Bréfritari: Jakobína Jónsdóttir
Viðtakandi: Sólveig Jónsdóttir
Dagsetning: A-1871-02-12
Skrifað á: Bessastöðum  Gull.
systir bréfviðtakanda

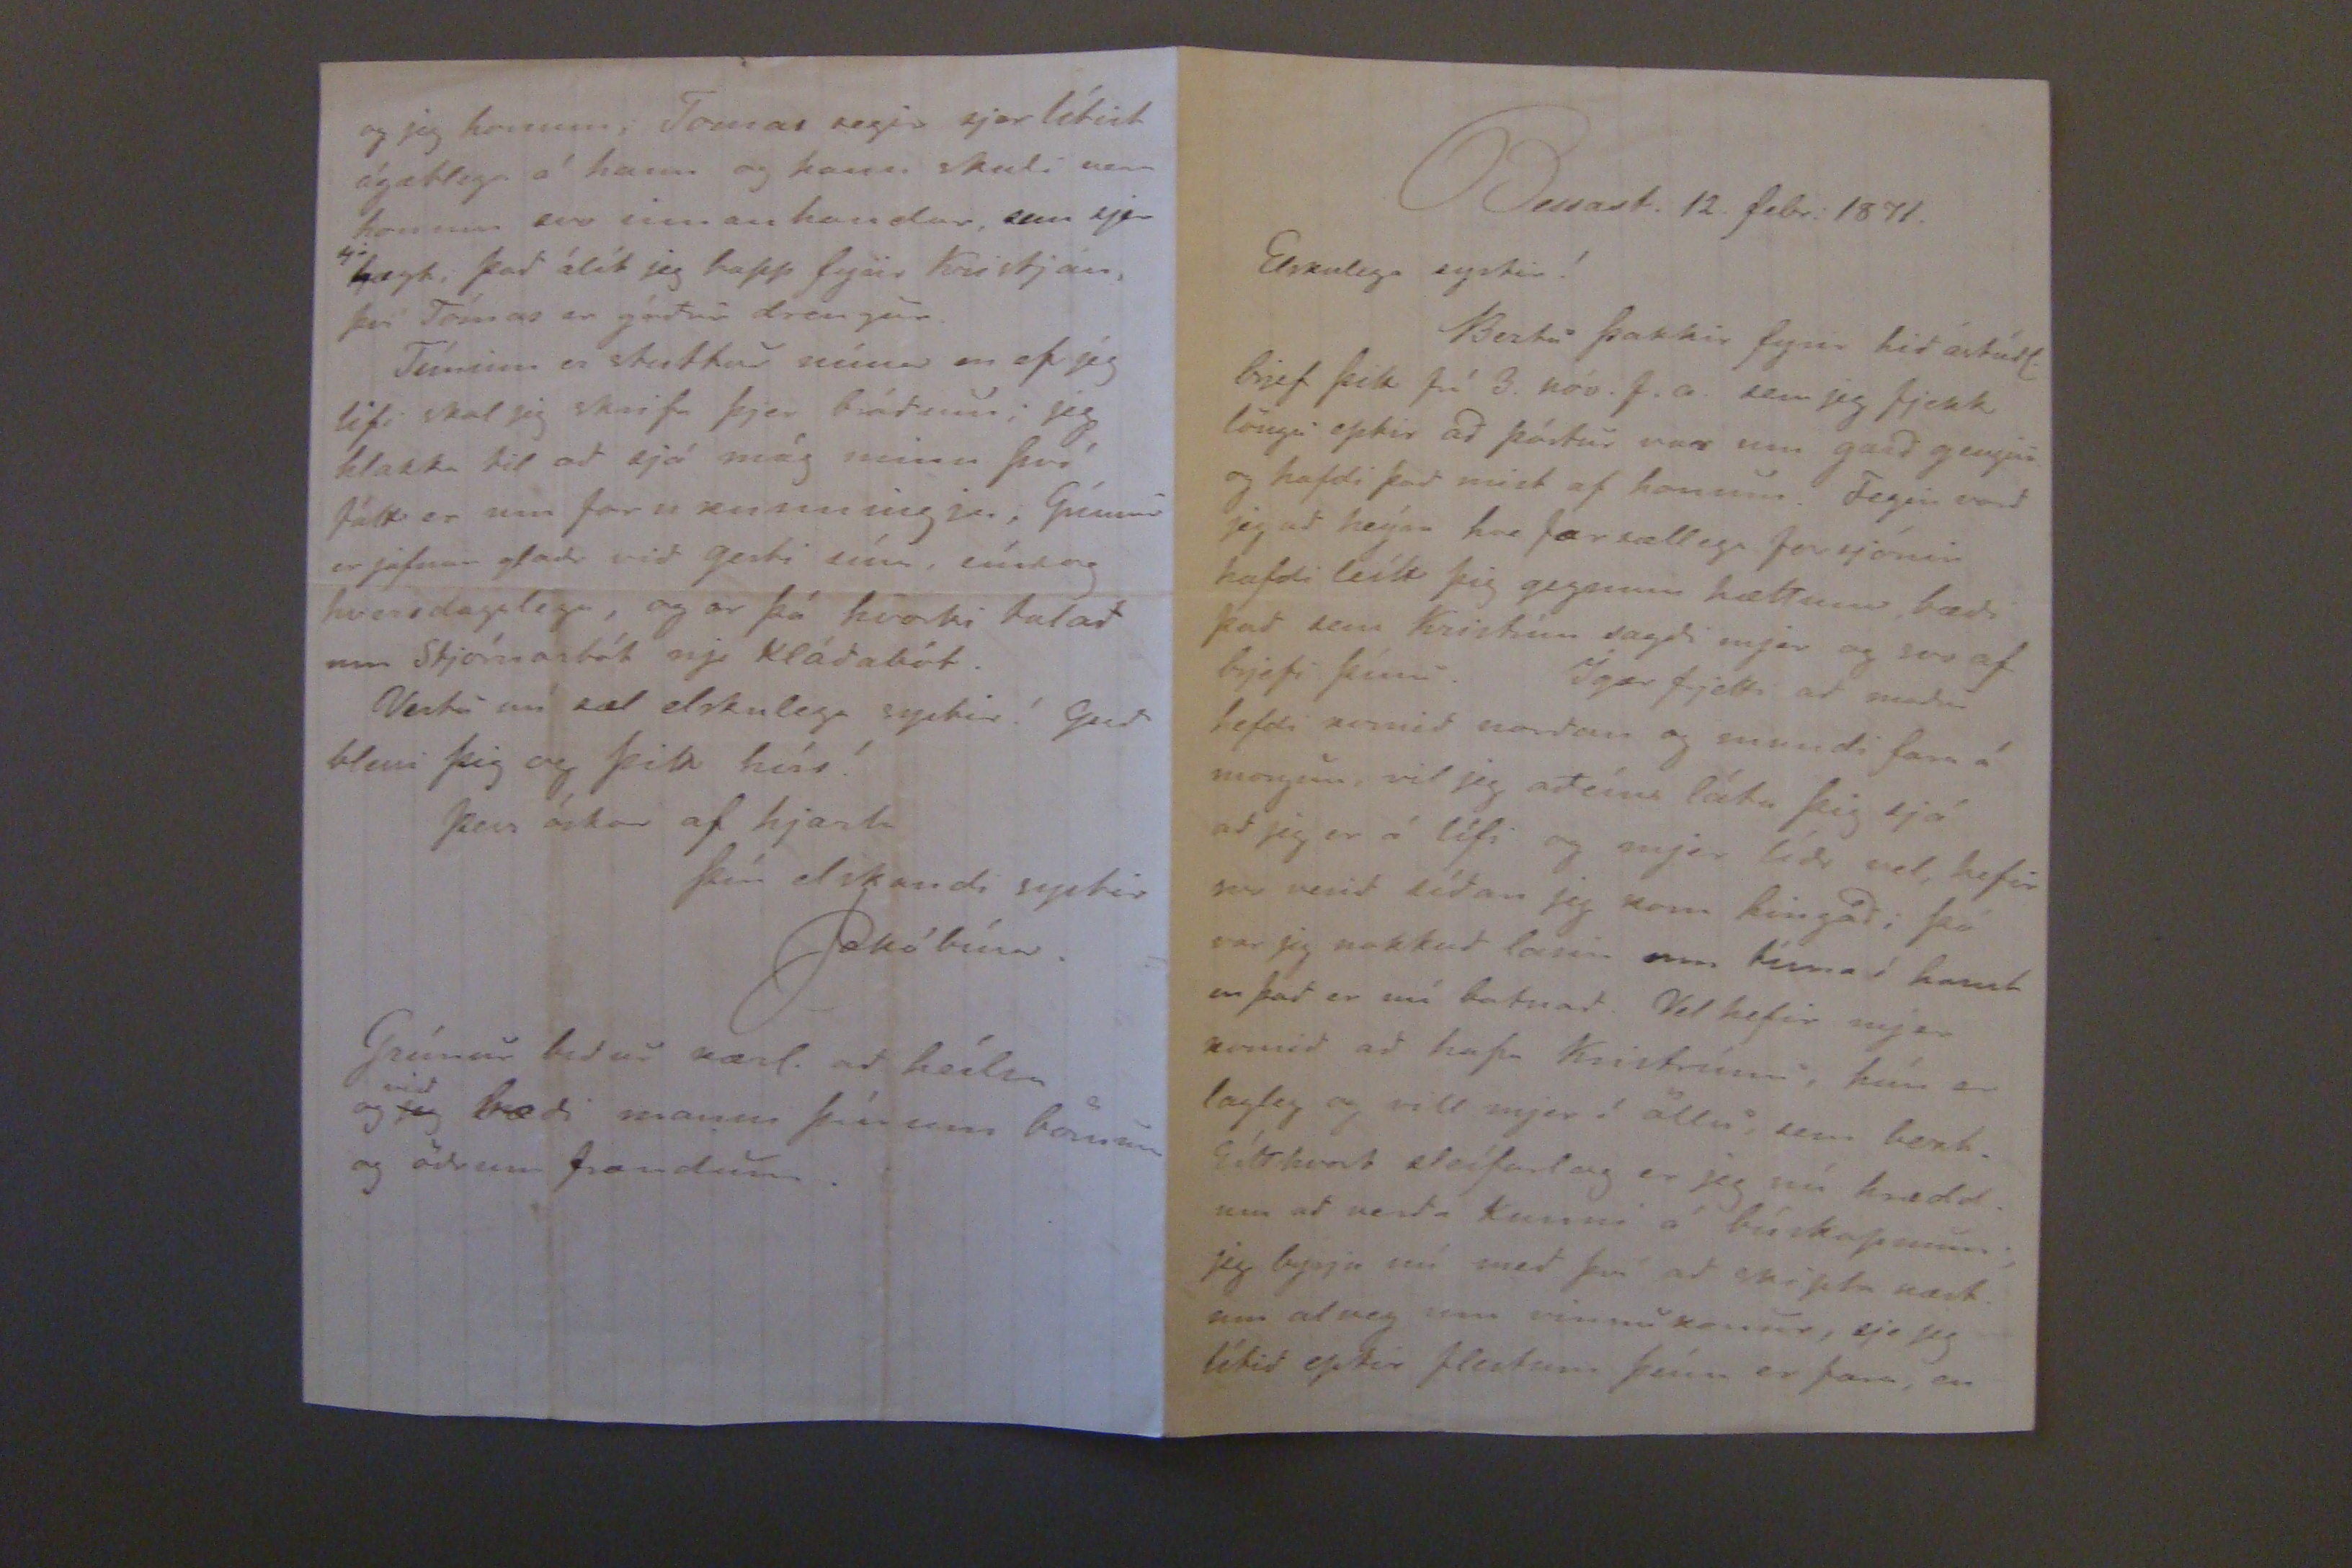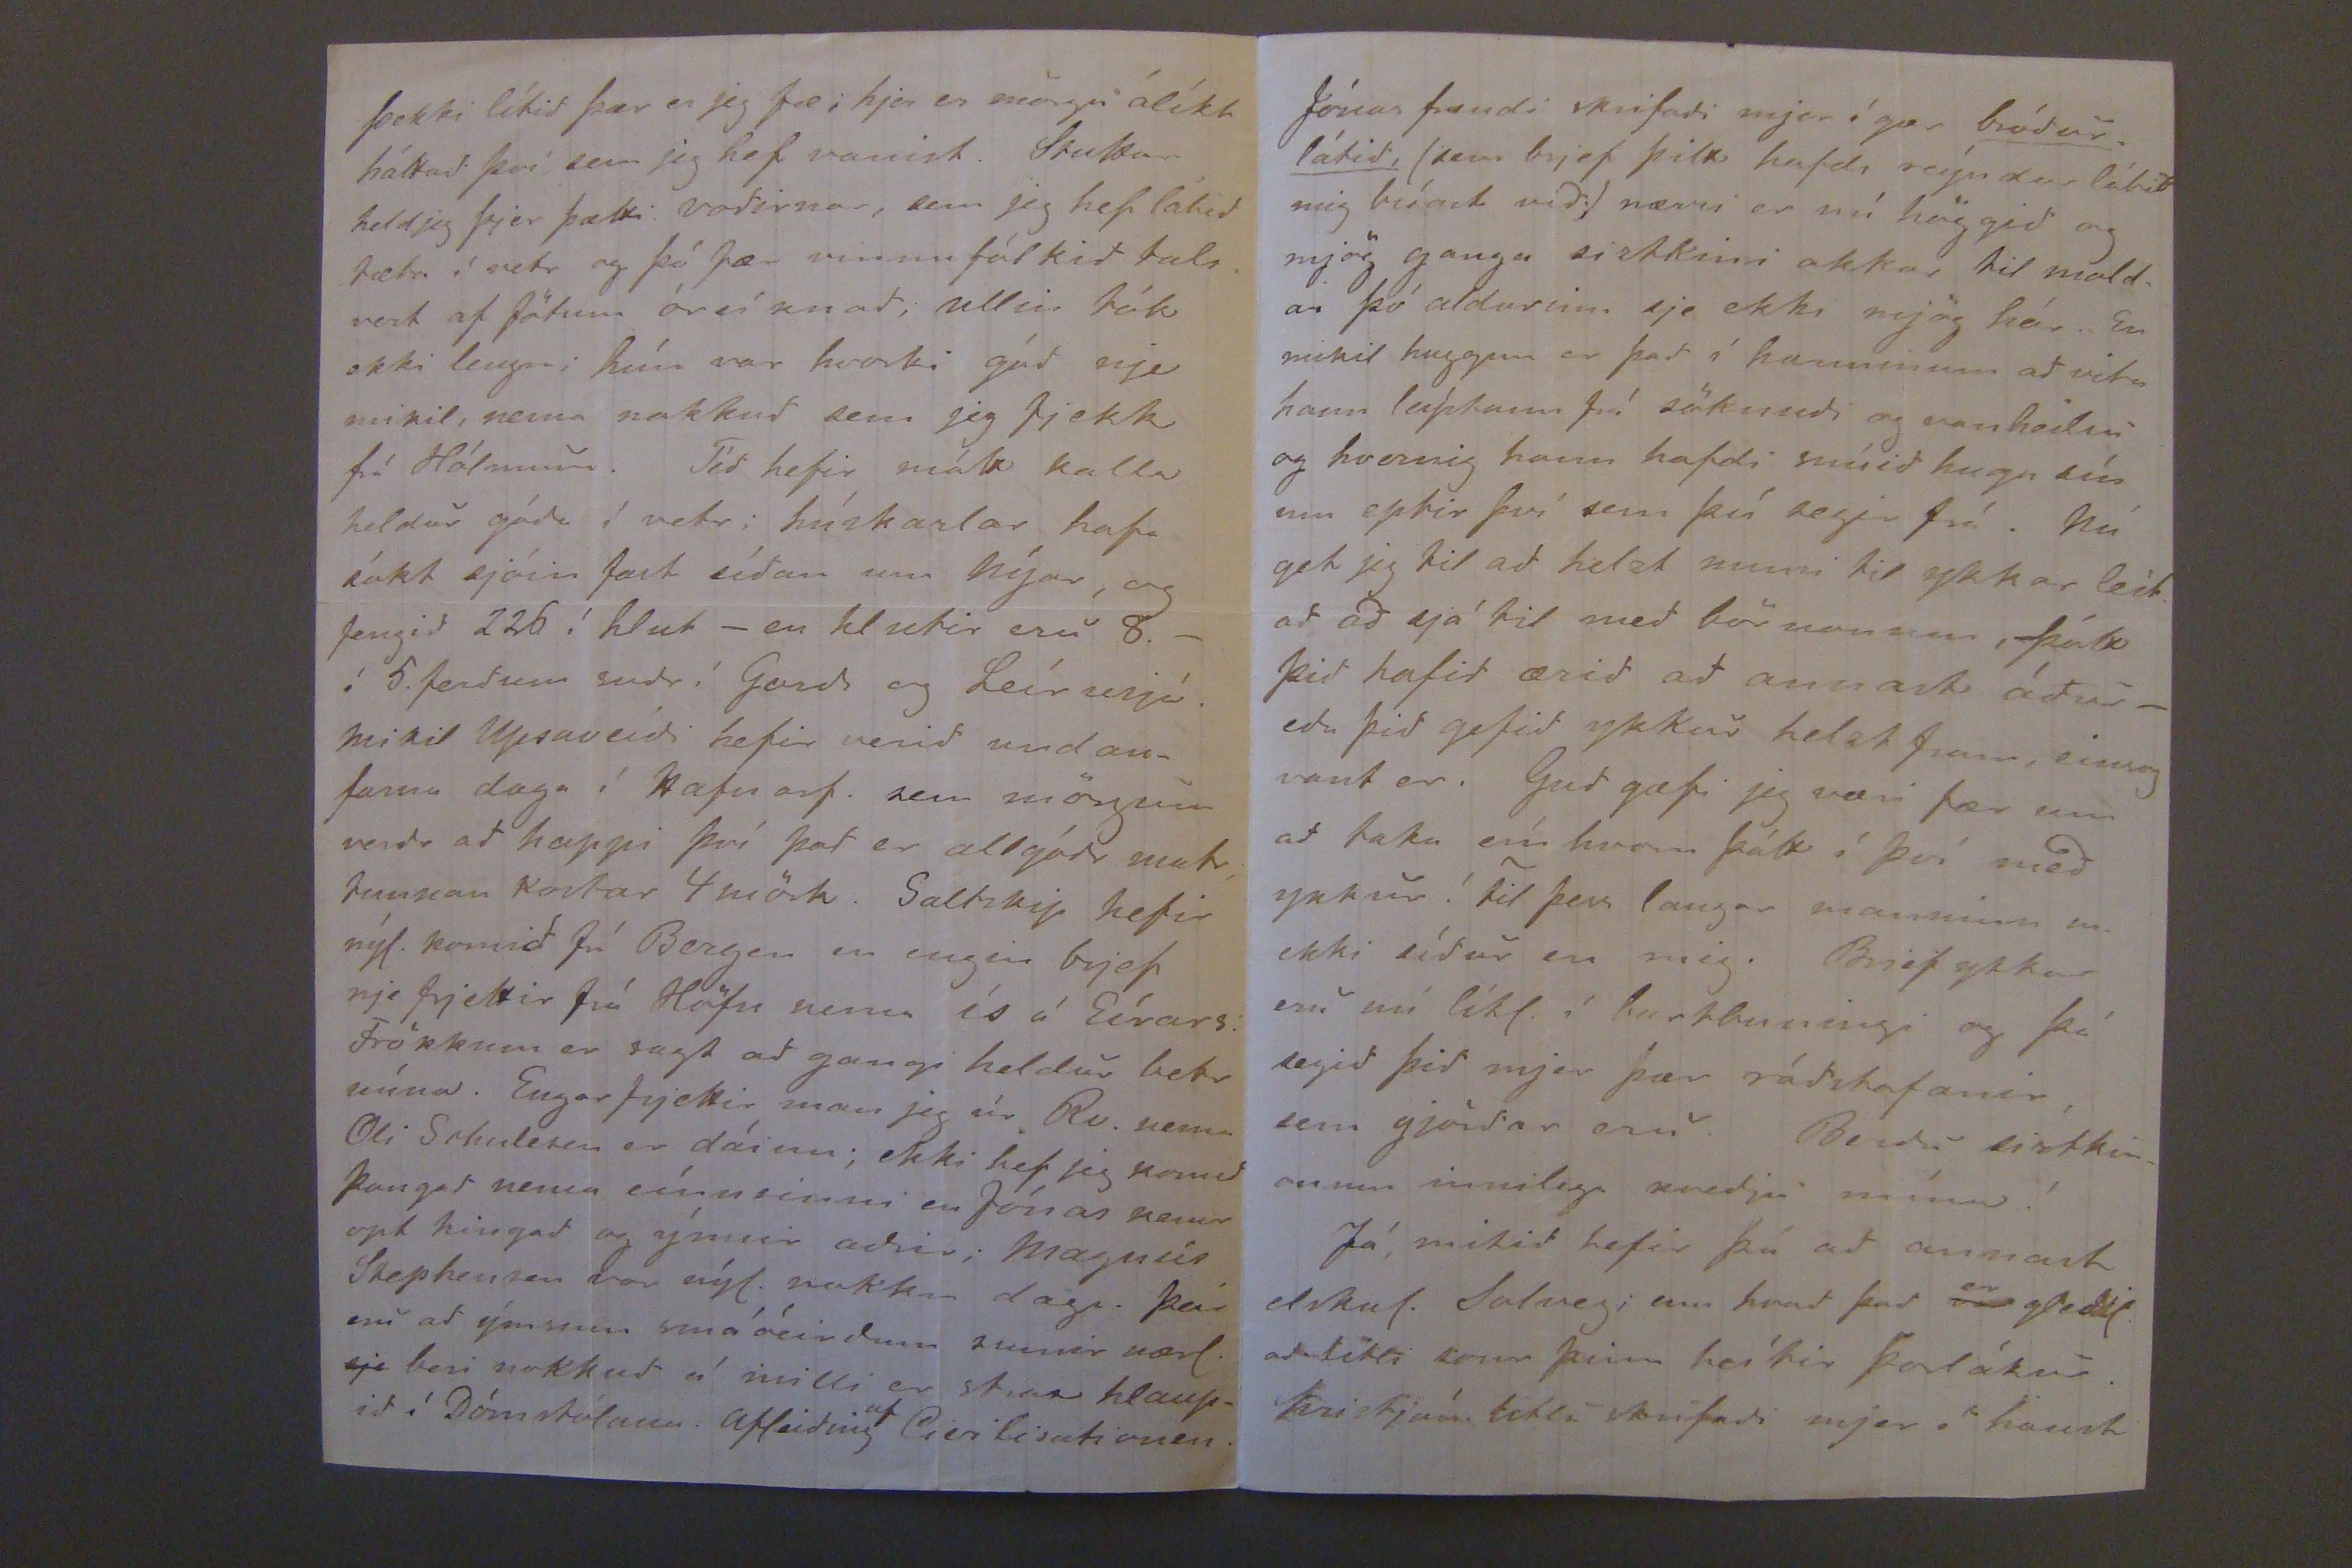

Bessast. 12. febr. 1871.
Elskulega systir!
Beztu þakkir fyrir hid ástúdl. brjef þitt frá 3. nóv. f.a. sem jeg fjekk löngu eptir ad póstur var um gard gengin og hafdi þad mist af honum. Fegin vard jeg ad heýra hve farsællega forsjónin hafdi leítt þig gegnum hættuna bædi þad sem Kristrún sagdi mjer og svo af brjefi þínu. Ígær frjetti ad madur hefdi komid nordan og mundi fara á morgun, vil jeg adeíns láta þig sjá ad jeg er á lífi og mjer lídr vel, hefir svo verid sídan jeg kom hingad, þó var jeg nokkud lasin um tíma í haust en þad er nú batnad. Vel hefir mjer komid ad hafa Kristrúnu, hún er lagleg og vill mjer í öllu sem bezt. Eítthvert slífarlag er jeg nú hrædd um ad verda kunni á búskapnum, Jeg byrja nú med því ad skipta næstum alveg sem vinnukonur, sje jeg lítid eptir flestum þeím er fara, en
þekki lítid þær er jeg fæ, hjer er mörgu ólíkt háttad því sem jeg hef vandist. Stuttaar held jeg þjer þætti vodirnar, se jeg hef latid tæta í vetr og þó fær vinnufólkid talsvert af fötum óreíknad, ullin tók ekki lengra; hún var hvorki gód nje mikil, nema nokkud sem jeg fjekk frá Hólmum. Tíd hefir mátt kalla heldur góda í vetr; húskarlar hafa sókt sjóin fast sídan um nýar, og fengid 226 í hlut -en hlutir eru 8.- í 5. ferdum sudr í Gardi og Leírusjó. Mikil
Wjisaveidi
hefir verid undanfarna daga í Hafnaf. sem mörgum verdr ad happi því þad er allgódr matr, tunnan kostar 4 mörk. Saltskip hefir nýl. komid frá Bergen en engin brjef nje frjettir frá Höfn nema ís á Eírars. Frökkum er sagt ad gangi heldur betr núna. Engar frjettir man jeg úr Rv. nema Oli Sohnlersen er dáinn; ekki hef jeg komid þangad nema eínu sinni en Jónas kemur opt hingad og ýmsir adrir; Magnús Stephensen var nýl. nokkr daga þarna ad ýmsum smá óeirdum sumir nærl.
sje
beri nokkud á milli er strax hlaupid í Dómstólann. Afleiding
af
Geilisationen
og jeg honum; Tomas segir sjer lítist ágætlega á hann og hann skuli vera honum svo innan handar, sem sjer
sje
hægt; þad álít jeg happ fyrir Kristján, því Tómst er gódur drengur.
Tíminn er stuttur núna en ef jeg lifi skal jeg skrifa þjer brádum; jeg hlakka til ad sjá mág minn því fátt er um far kunningja. Grímur er jafnan gladr vid gesti sína, eíns og hversdagslega, og er er þá hvorki talad um Stjórnarbót nje Kládabót.
Vertu nú sæl elskulega systir! Gud blessi þig og þitt hús!
Þess óskar af hjarta
Þín elskandi systir
Jakóbína.
Grímur bidur kærl. ad heílsa og
jeg
vid
bædi manni þínum börnum og ödrum frændum.
Jónas frændi skrifadi mjer í gær
bródur látid
(sem brjef þitt hafdi reýndar látid mig búast vid) nærri er nú höggid og mjög ganga siztkini okkar til moldar þó aldurinn sje ekki mjög hár. En mikil huggun er þad í harminum ad vita hann luptan frá söknudi og vanheilsu og hvernig hann hafdi snúid huga sínum eptir því sem þú segir frá. Nú get jeg til ad helzt muni til ykkar leitad ad sjá til med börnonum, þótt þid hafid ærid ad annast ádur- eda þid gefid ykur helzt fram, einsog vænt er. Gud gæfi jeg væri fær um ad taka nú eín hvern þátt í því med ykkur! TIl þess langar manninum m. ekki sídur en mig. Brjef ykkar eru nú líkl. í burtbuningi og þá segid þid mjer þær rádstafanir, sem gjördar eru. Berdu sistkinonum innilega kvedju mína!
Já, mikid hefir þú ad annast elskul. Solveg; enn hvad þad
er
var
gledil. ad litli sonur þinn heítir Þorlákur. Kristján litli skrifadi mjer í haust